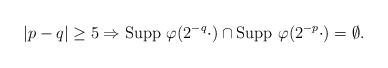
LaTeX: \begin{align*}|p-q|\geq 5\Rightarrow{\rm Supp}\,\, \varphi(2^{-q}\cdot)\cap {\rm Supp}\,\, \varphi(2^{-p}\cdot)=\emptyset.\end{align*}